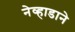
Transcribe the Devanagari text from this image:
नेव्हाडाने